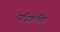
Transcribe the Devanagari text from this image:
परिक्रमित